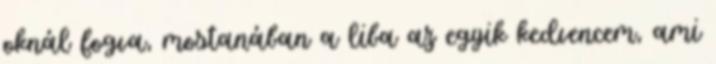
oknál fogva, mostanában a liba az egyik kedvencem, ami